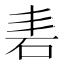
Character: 砉